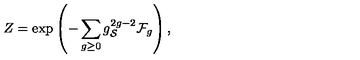
Z = \exp \left( - \sum _ { g \geq 0 } g _ { \cal S } ^ { 2 g - 2 } { \cal F } _ { g } \right) ,